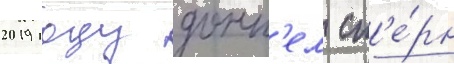
2019 году донн'ел ст'е́рн